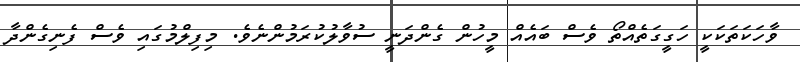
ވާހަކަތަކަކީ ހަގީގަތެއްތޯ ވެސް ބައެއް މީހުން ގެންދަނީ ސުވާލުކުރަމުންނެވެ. މިފިލްމުގައި ވެސް ފެނިގެންދާ